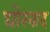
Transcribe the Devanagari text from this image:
घोरनाद